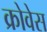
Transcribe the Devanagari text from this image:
क्रोवेस